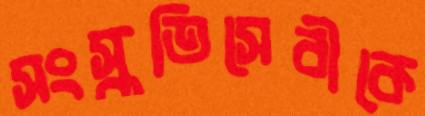
সংস্কৃতিসেবীকে